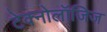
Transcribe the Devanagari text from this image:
टेक्नोलॉजिज